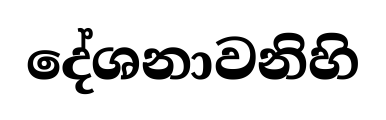
දේශනාවනිහි